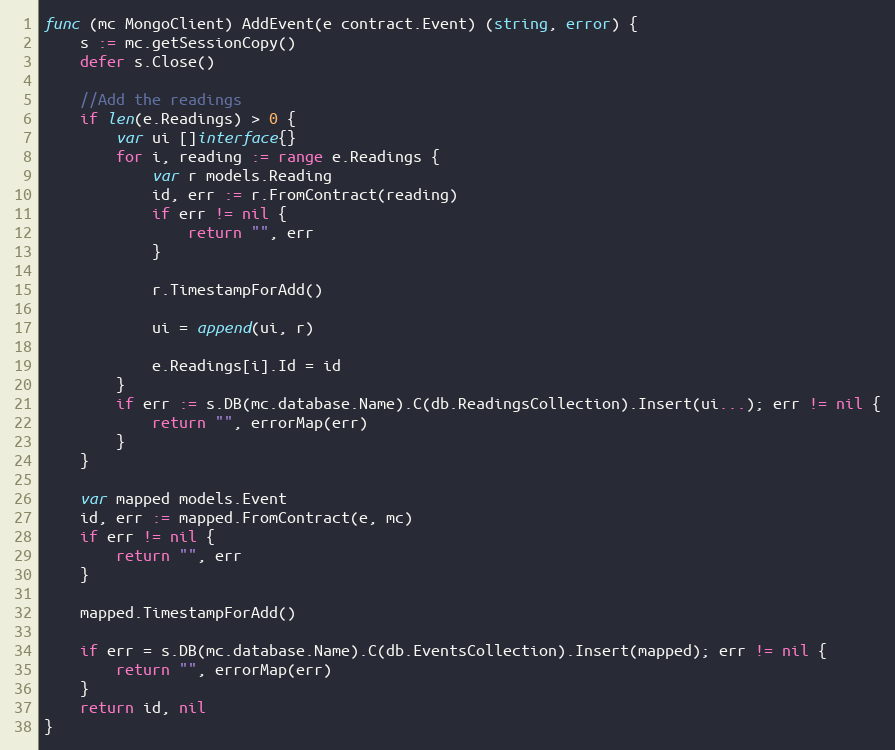
Language: Go
func (mc MongoClient) AddEvent(e contract.Event) (string, error) {
	s := mc.getSessionCopy()
	defer s.Close()

	//Add the readings
	if len(e.Readings) > 0 {
		var ui []interface{}
		for i, reading := range e.Readings {
			var r models.Reading
			id, err := r.FromContract(reading)
			if err != nil {
				return "", err
			}

			r.TimestampForAdd()

			ui = append(ui, r)

			e.Readings[i].Id = id
		}
		if err := s.DB(mc.database.Name).C(db.ReadingsCollection).Insert(ui...); err != nil {
			return "", errorMap(err)
		}
	}

	var mapped models.Event
	id, err := mapped.FromContract(e, mc)
	if err != nil {
		return "", err
	}

	mapped.TimestampForAdd()

	if err = s.DB(mc.database.Name).C(db.EventsCollection).Insert(mapped); err != nil {
		return "", errorMap(err)
	}
	return id, nil
}